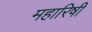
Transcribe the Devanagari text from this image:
महारिषी